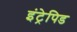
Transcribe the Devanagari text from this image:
इंट्रेपिड